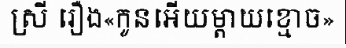
ស្រី រឿង«កូនអើយម្តាយខ្មោច»